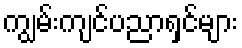
ကျွမ်းကျင်ပညာရှင်များ